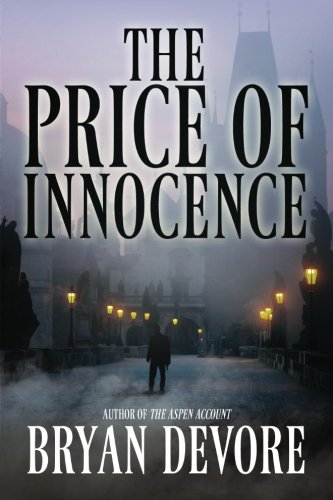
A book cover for The Price of Innocence; Bryan Devore; Mystery, Thriller & Suspense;